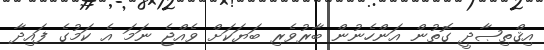
އިޤްތިޞާދީ ގޮތުން އަންހެނުން ބާރުވެރި ބަޔަކަށް ވެއްޖެ ނަމަ އެ ކަމުގެ ފައިދާ